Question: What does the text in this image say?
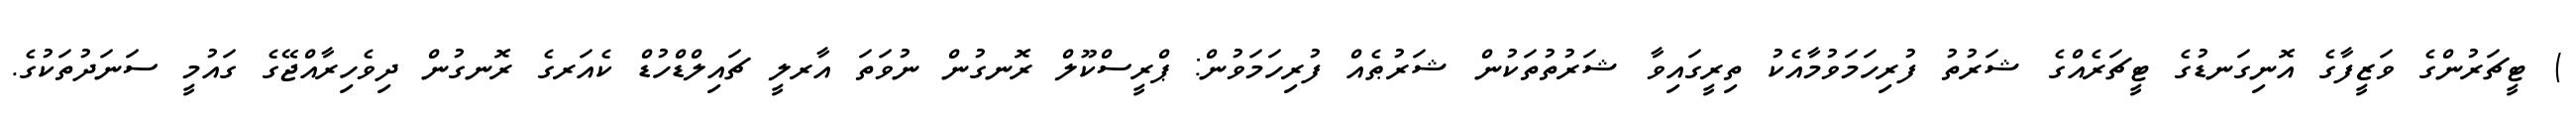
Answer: ) ޓީޗަރުންގެ ވަޒީފާގެ އޮނިގަނޑުގެ ޓީޗަރެއްގެ ޝަރުތު ފުރިހަމަވުމާއެކު ތިރީގައިވާ ޝަރުތުތަކުން ޝަރުޠެއް ފުރިހަމަވުން: ޕްރީސްކޫލް ރޮނގުން ނުވަތަ އާރލީ ޗައިލްޑްހުޑް ކެއަރގެ ރޮނގުން ދިވެހިރާއްޖޭގެ ގައުމީ ސަނަދުތަކުގެ.